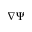
\nabla \Psi